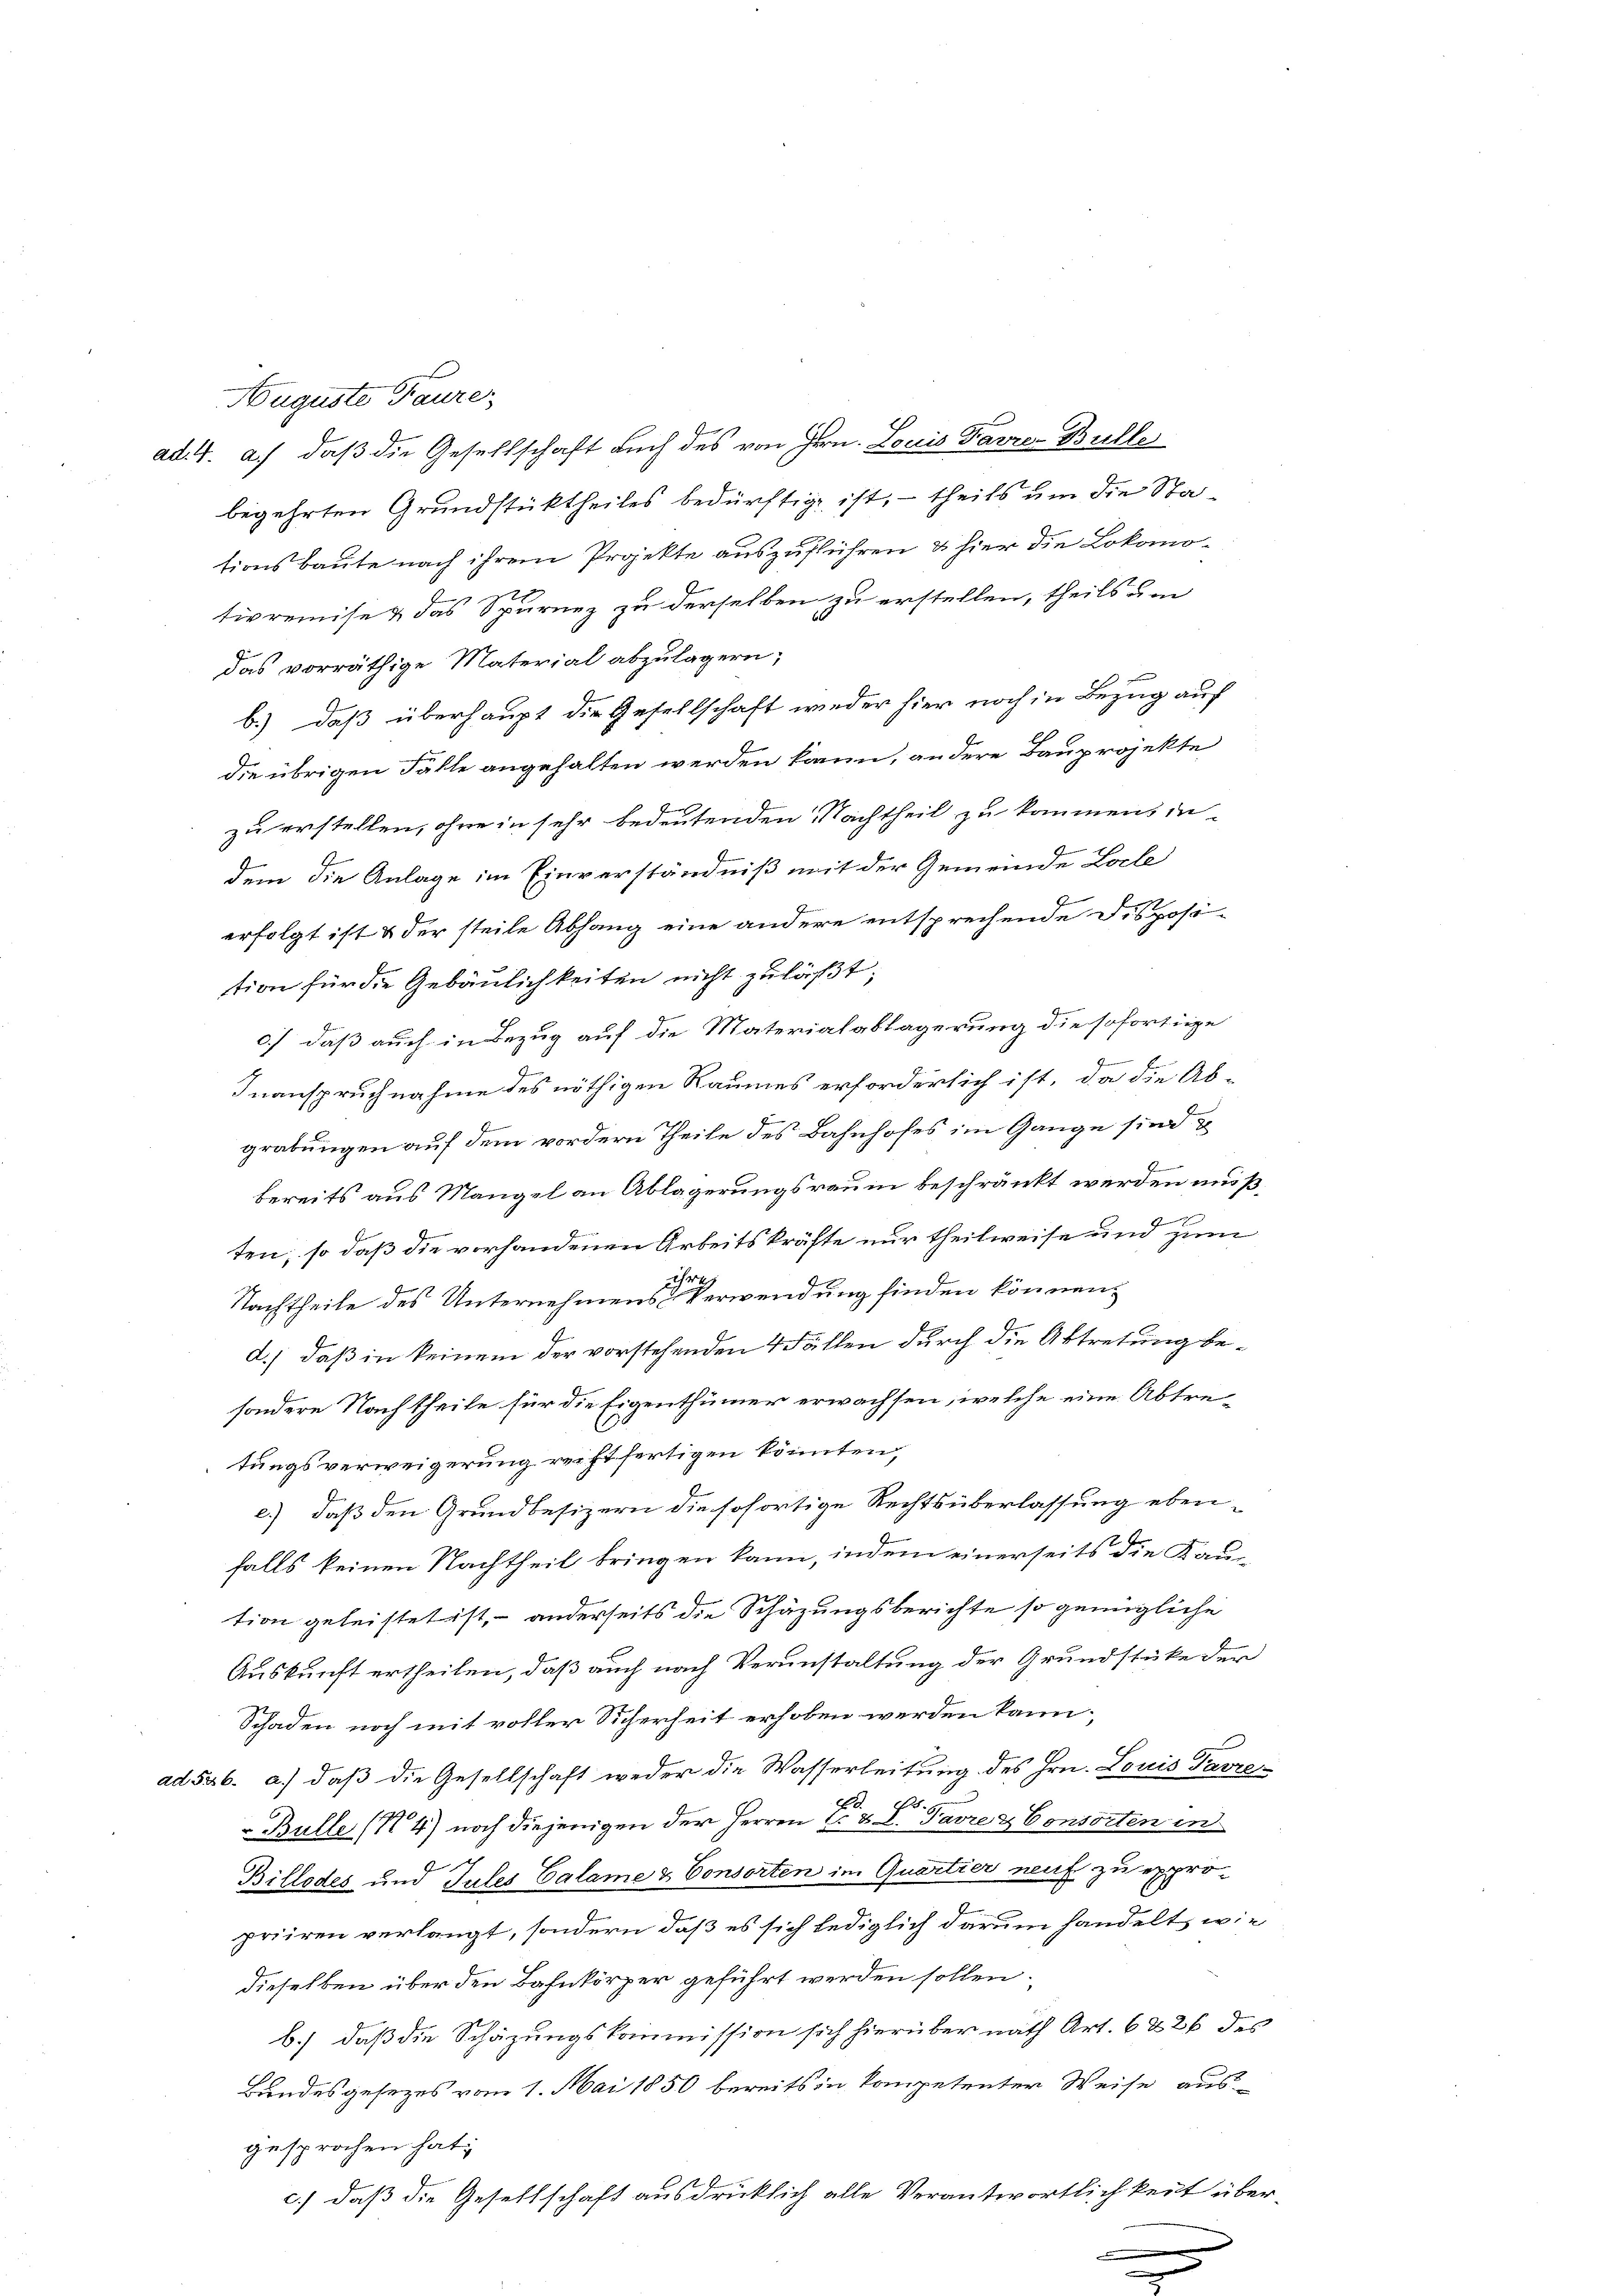
Auguste Taure
ad. 4. a.) daß die Gesellschaft auch des von Hrn. Louis Parze Bulle
begehrten Grundstücktheiles bedürftige ist, – theils um die Stationsbaute nach ihrem Projekte auszufführen & hier die Lokomotivremise & das Spurnez zu derselben zu erstellen, theils um
zu
das vorräthige Material abzulagern;

b.) daß überhaupt die Gesellschaft wieder hier noch in Bezug auf
A
die übrigen Fälle angehalten werden kann, andere Bauprojekte
zu erstellen, ohne in sehr bedeutenden Nachtheil zu kommen, in
dem die Anlage im Einverständniß mit der Gemeinde Locle
F
erfolgt ist & der steile Abhang eine andere entsprechende Disposition für die Gebäulichkeiten nicht zuläßt,
c.) daß auch in Bezug auf die Materialablagerung die sofortige
u
Inanspruchnahme des nöthigen Raumes erforderlich ist, da die Ab-
grabungen auf dem vordern Theile des Bahnhofes im Gange sind u
F
bereits aus Mangel an Ablagerungsraum beschränkt werden muß,
.
J
ten, so daß die vorhandenen Arbeitskräfte nur theilweise und zum
ihrer
Nachtheile des Unternehmens Verwendung finden können,
d.) daß in keinem der vorstehenden 4 Fällen durch die Abtretung besondere Nachtheile für die Eigenthümer erwachsen, welche eine Abtretungsverweigerung reift fertigen könnten,
e.) daß den Grundbesizern die sofortige Rechtsüberlassung ebenfalls keinen Nachtheil bringen kann, indem einerseits die Kauftion geleistet ist, – anderseits die Schäzungsberichte so genügliche
Auskunft ertheilen, daß auch nach Verunstaltung der Grundstüke der
Schaden noch mit voller Sicherheit erhoben werden kann;
ad 536. a.) daß die Gesellschaft weder die Wasserleitung des Hrn. Louis Parze
Fr
2
Bulle (4) noch diejenigen der Herren E. & I. Parre & Consorten in
Billodes und Tules Calame & Consorten im Quartier neuf zu expro-
u
priiren verlangt, sondern daß es sich lediglich darum handelt, wie
dieselben über den Bahnkörper geführt werden sollen.
b.) daß die Schazungskommission sich hierüber nath Art. 6226 des
Landesgesezes vom 1. Mai 1850 bereits in kompetenter Weise aus-
gesprochen hat;
c.) daß die Gesettschaft ausdrücklich alle Verantwortlichkeit über-
e